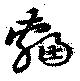
輻